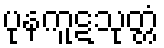
ပုနကူဋသုတ္တံ